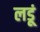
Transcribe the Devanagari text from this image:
लडूं